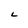
Character: L